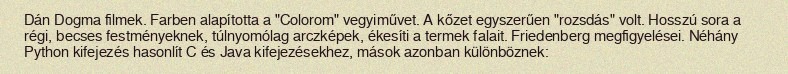
Dán Dogma filmek. Farben alapította a "Colorom" vegyiművet. A kőzet egyszerűen "rozsdás" volt. Hosszú sora a régi, becses festményeknek, túlnyomólag arczképek, ékesíti a termek falait. Friedenberg megfigyelései. Néhány Python kifejezés hasonlít C és Java kifejezésekhez, mások azonban különböznek: